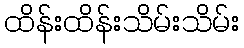
ထိန်းထိန်းသိမ်းသိမ်း